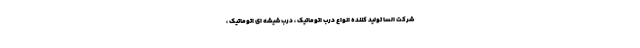
شرکت السا تولید کننده انواع درب اتوماتیک ، درب شیشه ای اتوماتیک ،